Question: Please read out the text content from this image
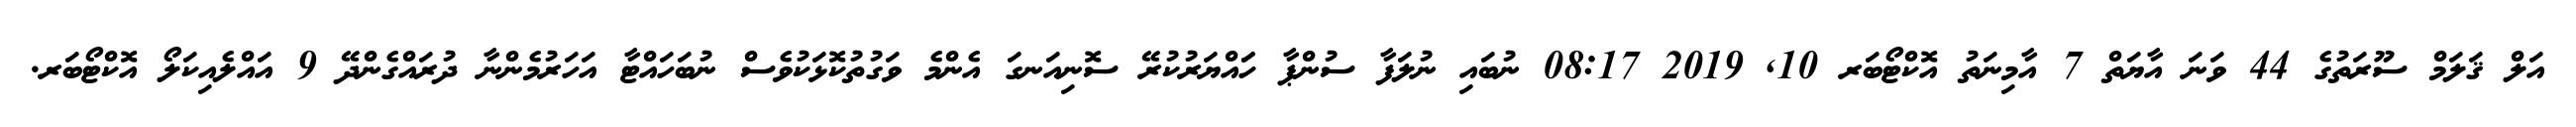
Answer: އަލް ޤަލަމް ސޫރަތުގެ 44 ވަނަ އާޔަތް 7 އާމިނަތު އޮކްޓޯބަރ 10, 2019 08:17 ނުބައި ނުލަފާ ސުންޕާ ހަައްޔަރުކުރޭ ސޮނިއަނގަ އެންމެ ވަގުތުކޮޅަކުވެސް ނުބަހައްޓާ އަހަރުމެންނާ ދުރައްގެންދޭ 9 އައްލެއިކަލޯ އޮކްޓޯބަރ.